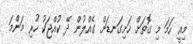
މިއީ ހަމަ މި ގޮތަށް ހަށިގަނޑަށް ގެއްލުން ދޭ ކުއްޖަކު ހުރި މަންމަ